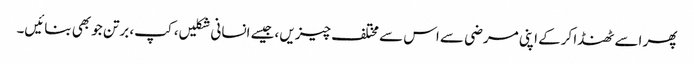
پھر اسے ٹھنڈا کرکے اپنی مرضی سے اس سے مختلف چیزیں ،جیسے انسانی شکلیں، کپ، برتن جو بھی بنائیں۔